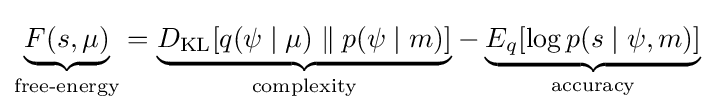
{\underset {\text{free-energy}}{\underbrace {F(s,\mu )} }}={\underset {\text{complexity}}{\underbrace {D_{\mathrm {KL} }[q(\psi \mid \mu )\parallel p(\psi \mid m)]} }}-{\underset {\mathrm {accuracy} }{\underbrace {E_{q}[\log p(s\mid \psi ,m)]} }}